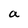
Character: a